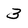
Character: 3